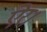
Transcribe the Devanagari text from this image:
ऐर।